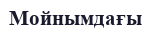
Мойнымдағы